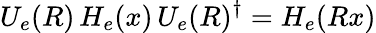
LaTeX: U_{e}(R)\, H_{e}(x)\, U_{e}(R)^{\dagger}=H_{e}(Rx)